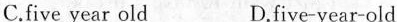
C.five year old D.five-year-old